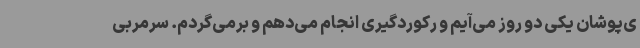
ی‌پوشان یکی دو روز می‌آیم و رکوردگیری انجام می‌دهم و برمی‌گردم. سرمربی